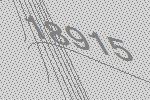
18915